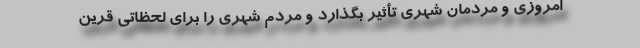
امروزی و مردمان شهری تأثیر بگذارد و مردم شهری را برای لحظاتی قرین